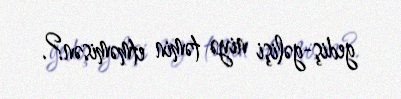
gediş-gəlişi niyə təmin etməmisən?.